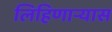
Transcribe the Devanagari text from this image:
लिहिणाऱ्यास